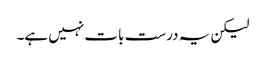
لیکن یہ درست بات نہیں ہے۔